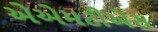
એએમટીએસ